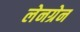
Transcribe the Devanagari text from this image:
लेनग्रेन